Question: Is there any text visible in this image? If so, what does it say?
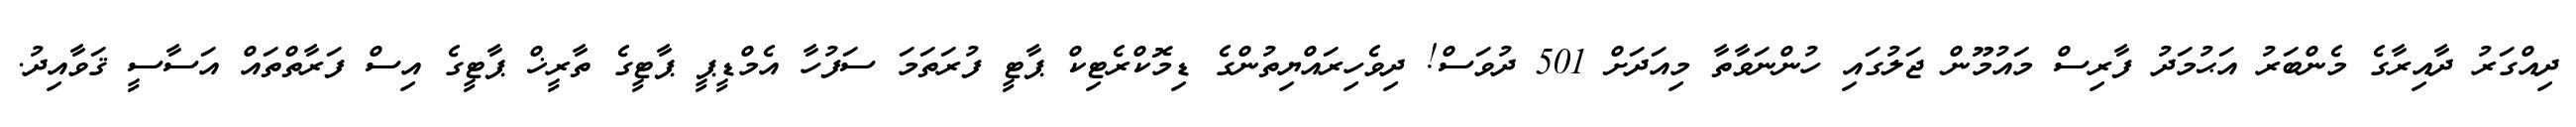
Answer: ދިއްގަރު ދާއިރާގެ މެންބަރު އަޙުމަދު ފާރިސް މައުމޫން ޖަލުގައި ހުންނަވާތާ މިއަދަށް 501 ދުވަސް! ދިވެހިރައްޔިތުންގެ ޑިމޮކްރެޓިކް ޕާޓީ ފުރަތަމަ ސަފުހާ އެމްޑީޕީ ޕާޓީގެ ތާރީޚް ޕާޓީގެ އިސް ފަރާތްތައް އަސާސީ ޤަވާއިދު.